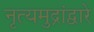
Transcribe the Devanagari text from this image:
नृत्यमुद्रांद्वारे